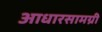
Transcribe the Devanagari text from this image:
आधारसामग्री